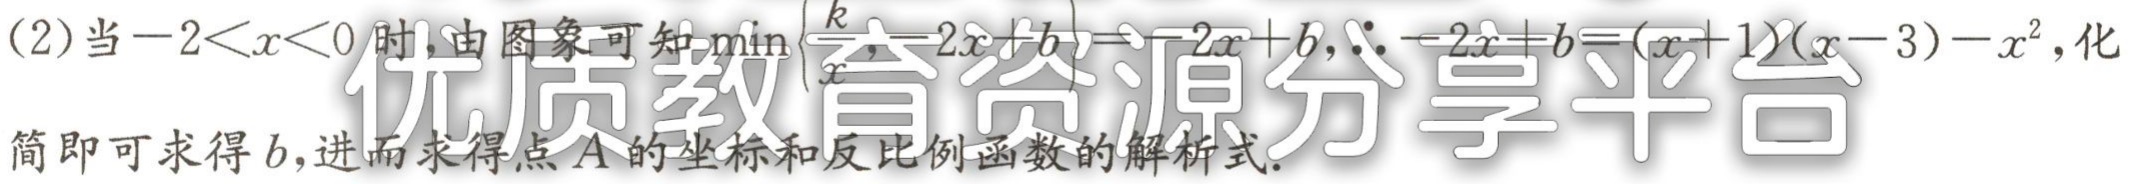
(2)当\(-2 < x < 0\)时,由图象可知\(\min\left\{\dfrac{k}{x},-2x + b\right\}=-2x + b\),\(\therefore -2x + b=(x + 1)(x - 3)-x^{2}\),化简即可求得\(b\),进而求得点\(A\)的坐标和反比例函数的解析式.